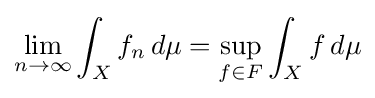
\lim _{n\to \infty }\int _{X}f_{n}\,d\mu =\sup _{f\in F}\int _{X}f\,d\mu